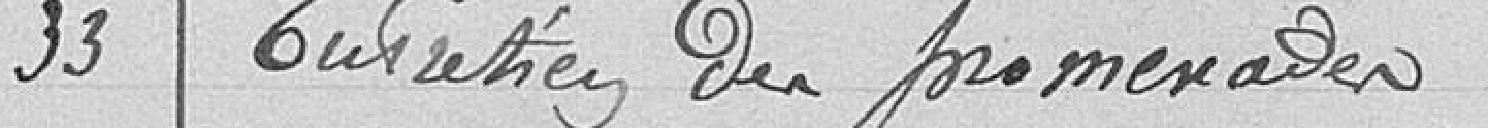
33 Entretien des promenades